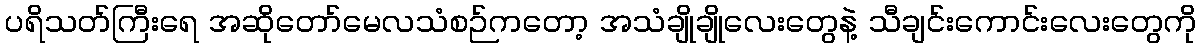
ပရိသတ်ကြီးရေ အဆိုတော်မေလသံစဉ်ကတော့ အသံချိုချိုလေးတွေနဲ့ သီချင်းကောင်းလေးတွေကို